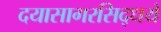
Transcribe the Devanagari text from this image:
दयासागरसिद्धये